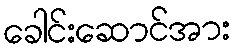
ခေါင်းဆောင်အား